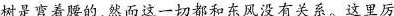
树是弯着腰的，然而这一切都和东风没有关系。这里厉